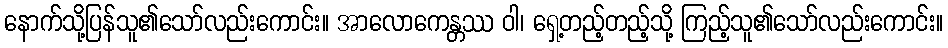
နောက်သို့ပြန်သူ၏သော်လည်းကောင်း။ အာလောကေန္တဿ ဝါ၊ ရှေ့တည့်တည့်သို့ ကြည့်သူ၏သော်လည်းကောင်း။